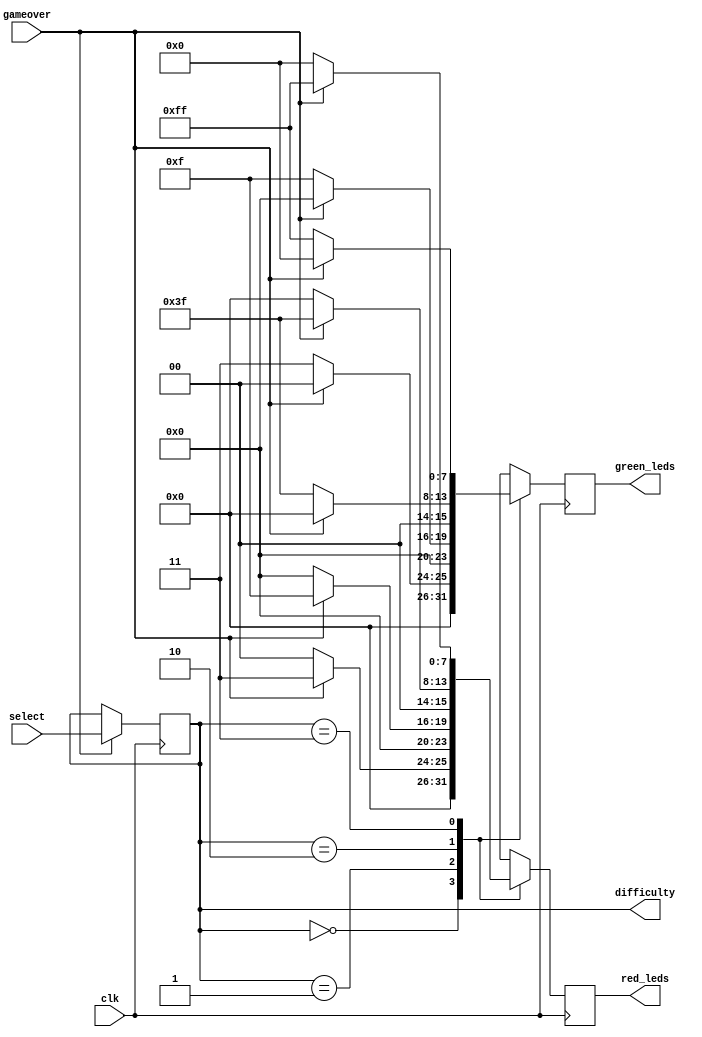
// Provides user interface for selecting difficulty
module difficulty(
	input clk,
	input gameover,
	input [1:0]select,
	output reg [1:0]difficulty,
	output reg [7:0]red_leds,
	output reg [7:0]green_leds
);

always @(posedge clk) begin
	case(difficulty)
	2'd0: begin
		if(gameover) begin
			red_leds   <= 8'b00000011;
			green_leds <= 8'b00000000;
		end else begin
			red_leds   <= 8'b00000000;
			green_leds <= 8'b00000011;
		end
	end
	2'd1: begin
		if(gameover) begin
			red_leds   <= 8'b00001111;
			green_leds <= 8'b00000000;
		end else begin
			red_leds   <= 8'b00000000;
			green_leds <= 8'b00001111;
		end
	end
	2'd2: begin
		if(gameover) begin
			red_leds   <= 8'b00111111;
			green_leds <= 8'b00000000;
		end else begin
			red_leds   <= 8'b00000000;
			green_leds <= 8'b00111111;
		end
	end
	2'd3: begin
		if(gameover) begin
			red_leds   <= 8'b11111111;
			green_leds <= 8'b00000000;
		end else begin
			red_leds   <= 8'b00000000;
			green_leds <= 8'b11111111;
		end
	end
	endcase
end

always @(posedge clk) begin
	if(gameover) begin
		difficulty <= select;
	end
end

endmodule